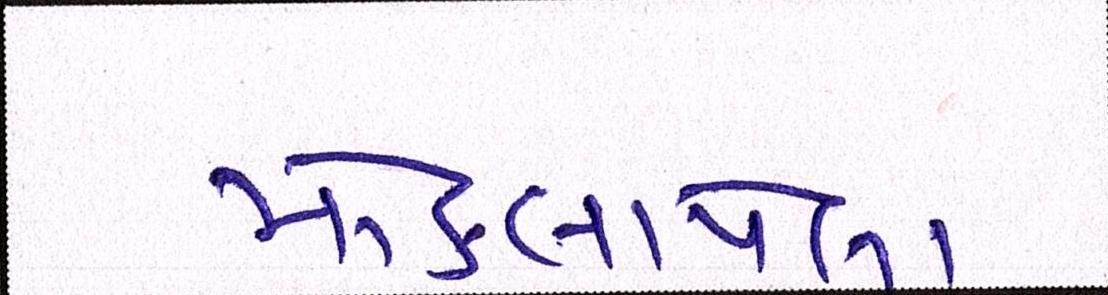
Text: મોકલાયેલા